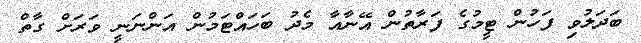
ބަދަލުވި ފަހުން ޓީމުގެ ފަރާތުން އޭނާއާ މެދު ބަހައްޓަމުން އަންނަނީ ވަރަށް ގާތް